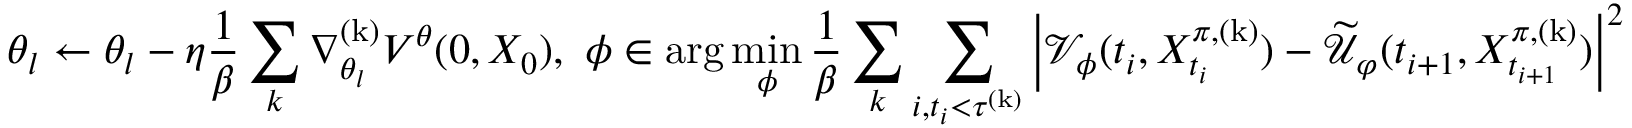
\theta _ { l } \leftarrow \theta _ { l } - \eta \frac { 1 } { \beta } \sum _ { k } \nabla _ { \theta _ { l } } ^ { \mathrm { ( k ) } } V ^ { \theta } ( 0 , X _ { 0 } ) , \ \phi \in \arg \operatorname* { m i n } _ { \phi } \frac { 1 } { \beta } \sum _ { k } \sum _ { i , t _ { i } < \tau ^ { \mathrm { ( k ) } } } \left| \mathcal { V } _ { \phi } ( t _ { i } , X _ { t _ { i } } ^ { \pi , \mathrm { ( k ) } } ) - \widetilde { \mathcal { U } } _ { \varphi } ( t _ { i + 1 } , X _ { t _ { i + 1 } } ^ { \pi , \mathrm { ( k ) } } ) \right| ^ { 2 }